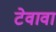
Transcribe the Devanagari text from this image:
टेवावा